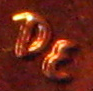
DE